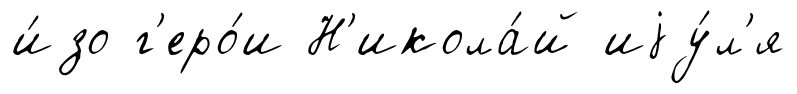
и́зо г'еро́и Н'икола́й иjу́л'я